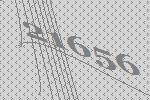
21656